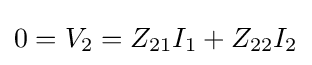
0=V_{2}=Z_{21}I_{1}+Z_{22}I_{2}